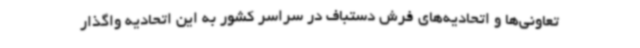
تعاونی‌ها و اتحادیه‌های فرش دستباف در سراسر کشور به این اتحادیه واگذار